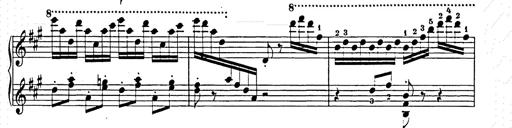
Title: Hungarian Rhapsody No.15
Composer: Franz Liszt
Key: A minor